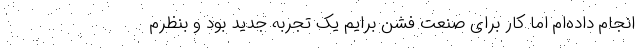
انجام داده‌ام اما کار برای صنعت فشن برایم یک تجربه جدید بود و بنظرم